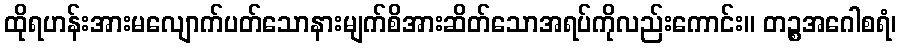
ထိုရဟန်းအားမလျောက်ပတ်သောနားမျက်စိအားဆိတ်သောအရပ်ကိုလည်းကောင်း။ တဉ္စအဂေါစရံ၊